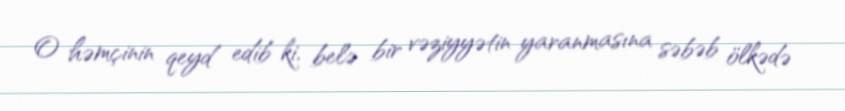
O həmçinin qeyd edib ki, belə bir vəziyyətin yaranmasına səbəb ölkədə